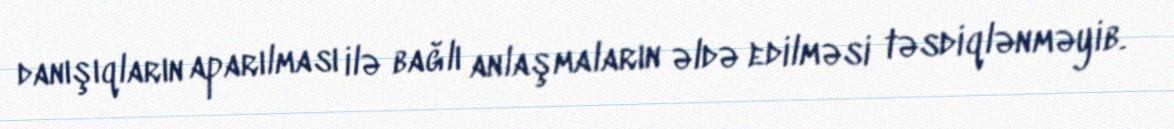
danışıqların aparılması ilə bağlı anlaşmaların əldə edilməsi təsdiqlənməyib.